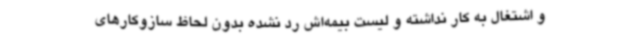
و اشتغال به کار نداشته و لیست بیمه‌اش رد نشده بدون لحاظ سازوکارهای